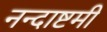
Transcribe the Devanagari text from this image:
नन्दाष्टमी